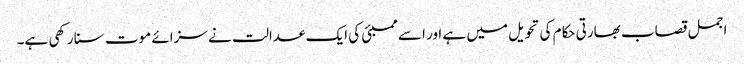
اجمل قصاب بھارتی حکام کی تحویل میں ہے اور اسے ممبئی کی ایک عدالت نے سزائے موت سنا رکھی ہے۔